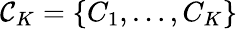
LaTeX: \mathcal{C}_{K}=\{ C_{1},\ldots,C_{K}\}